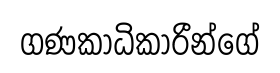
ගණකාධිකාරීන්ගේ